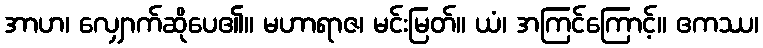
အာဟ၊ လျှောက်ဆိုပေ၏။ မဟာရာဇ၊ မင်းမြတ်။ ယံ၊ အကြင်ကြောင့်။ ဧကဿ၊